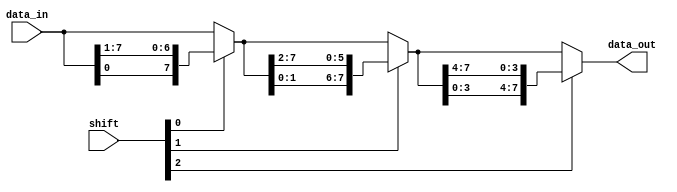
`timescale 1ns / 1ps
 
module barrelshifter(
    output reg [7:0] data_out,  //Data Output (8bits)
    input [7:0] data_in,    //Data Input (8bits)
    input [2:0] shift      //Shift control
    );
    always @(*)
            begin
                data_out = shift[0] ? {data_in[0],data_in[7:1]} : data_in;
                data_out = shift[1] ? {data_out[1:0],data_out[7:2]}: data_out;
                data_out = shift[2] ? {data_out[3:0],data_out[7:4]} : data_out;
            end
    endmodule